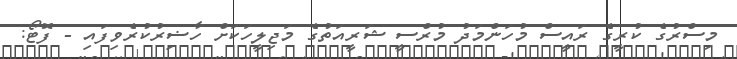
މިސްރުގެ ކުރީގެ ރައީސް މުހަންމަދު މުރްސީ ޝަރީއަތުގެ މަޖިލީހަކަށް ހާޟިރުކުރެވިފައި - ފޮޓޯ: